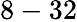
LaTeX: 8-32